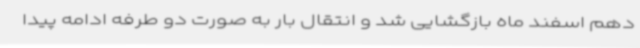
دهم اسفند ماه بازگشایی شد و انتقال بار به صورت دو طرفه ادامه پیدا